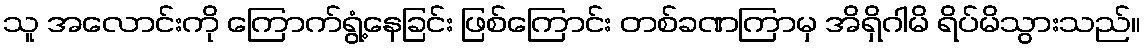
သူ အလောင်းကို ကြောက်ရွံ့နေခြင်း ဖြစ်ကြောင်း တစ်ခဏကြာမှ အိရှိဂါမိ ရိပ်မိသွားသည်။